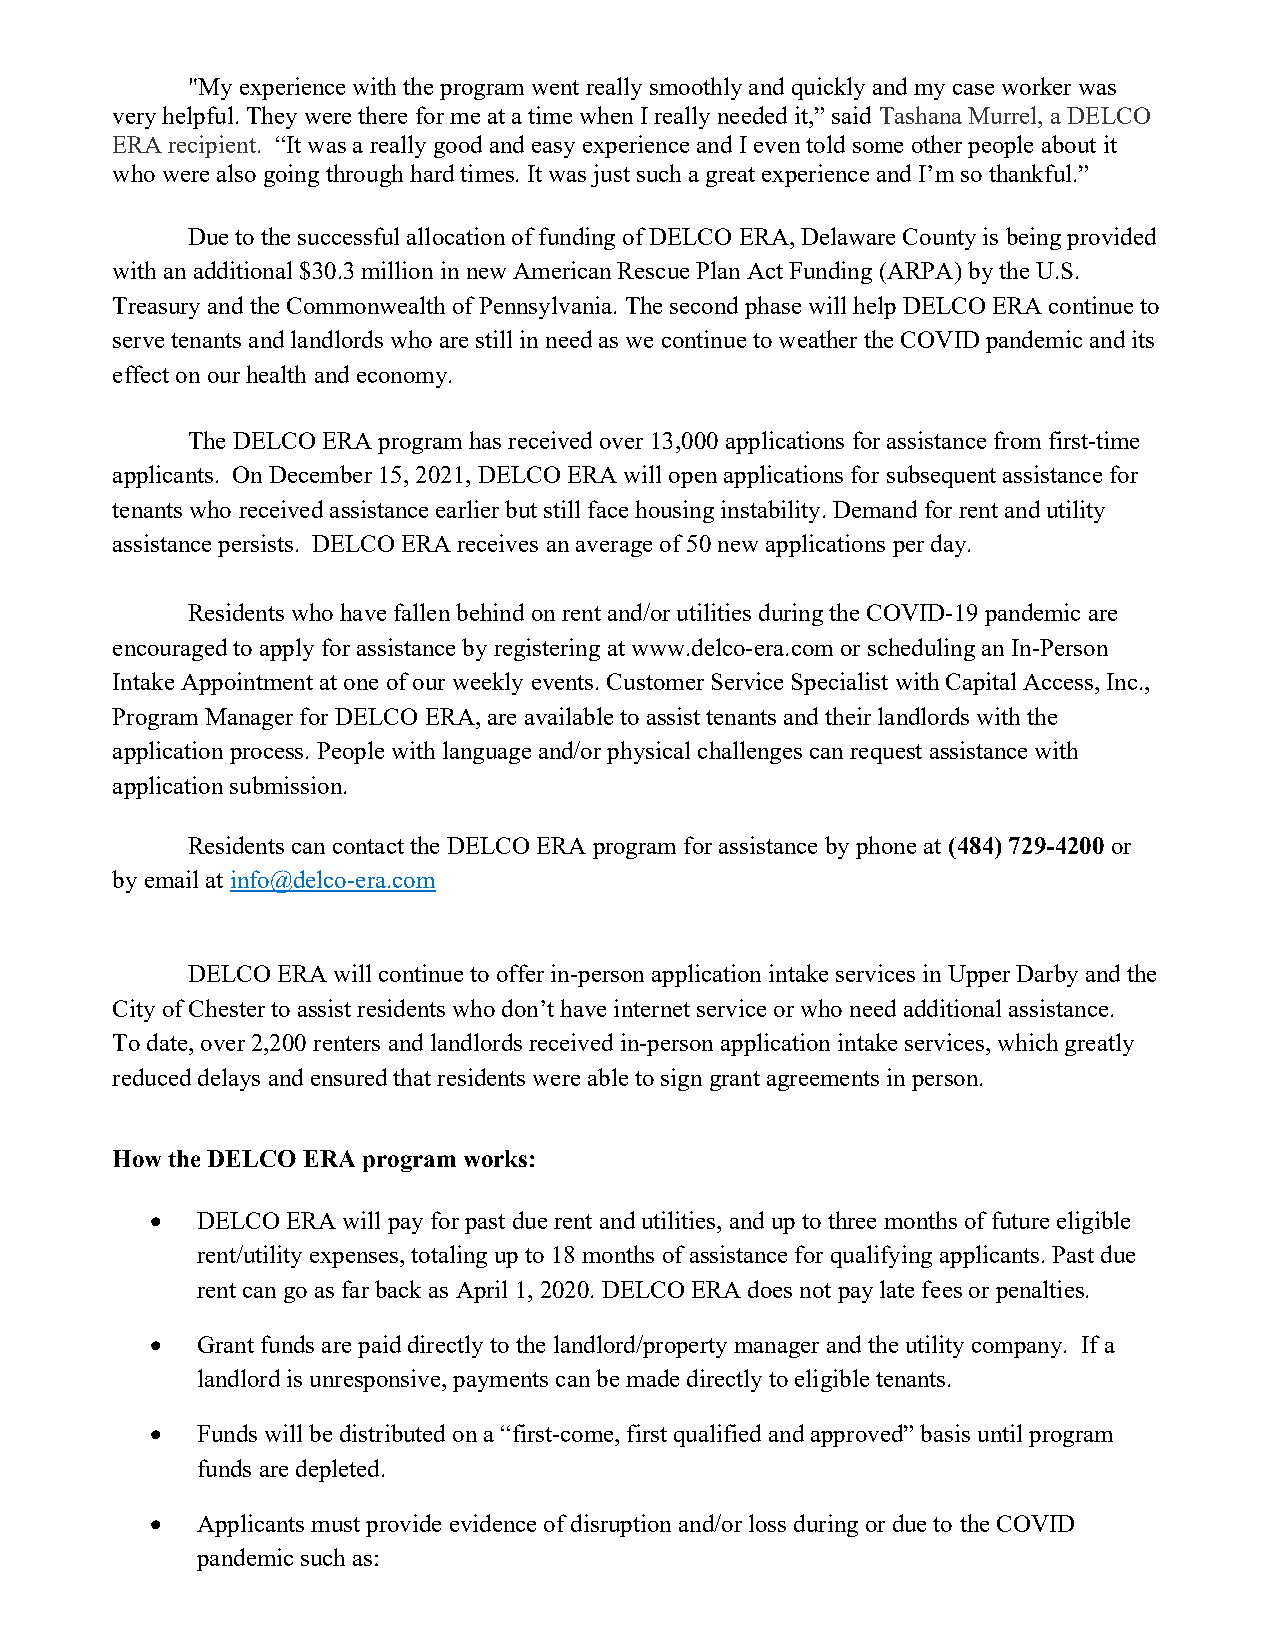
"My experience with the program went really smoothly and quickly and my case worker was
 very helpful. They were there for me at a time when I really needed it,” said Tashana Murrel, a DELCO
 ERA recipient. “It was a really good and easy experience and I even told some other people about it
 who were also going through hard times. It was just such a great experience and I’m so thankful.”
 Due to the successful allocation of funding of DELCO ERA, Delaware County is being provided
 with an additional $30.3 million in new American Rescue Plan Act Funding (ARPA) by the U.S.
 Treasury and the Commonwealth of Pennsylvania. The second phase will help DELCO ERA continue to
 serve tenants and landlords who are still in need as we continue to weather the COVID pandemic and its
 effect on our health and economy.
 The DELCO ERA program has received over 13,000 applications for assistance from first-time
 applicants. On December 15, 2021, DELCO ERA will open applications for subsequent assistance for
 tenants who received assistance earlier but still face housing instability. Demand for rent and utility
 assistance persists. DELCO ERA receives an average of 50 new applications per day.
 Residents who have fallen behind on rent and/or utilities during the COVID-19 pandemic are
 encouraged to apply for assistance by registering at www.delco-era.com or scheduling an In-Person
 Intake Appointment at one of our weekly events. Customer Service Specialist with Capital Access, Inc.,
 Program Manager for DELCO ERA, are available to assist tenants and their landlords with the
 application process. People with language and/or physical challenges can request assistance with
 application submission.
 Residents can contact the DELCO ERA program for assistance by phone at (484) 729-4200 or
 by email at info@delco-era.com
 DELCO ERA will continue to offer in-person application intake services in Upper Darby and the
 City of Chester to assist residents who don’t have internet service or who need additional assistance.
 To date, over 2,200 renters and landlords received in-person application intake services, which greatly
 reduced delays and ensured that residents were able to sign grant agreements in person.
 How the DELCO ERA program works:
   DELCO ERA will pay for past due rent and utilities, and up to three months of future eligible
 rent/utility expenses, totaling up to 18 months of assistance for qualifying applicants. Past due
 rent can go as far back as April 1, 2020. DELCO ERA does not pay late fees or penalties.
   Grant funds are paid directly to the landlord/property manager and the utility company. If a
 landlord is unresponsive, payments can be made directly to eligible tenants.
   Funds will be distributed on a “first-come, first qualified and approved” basis until program
 funds are depleted.
   Applicants must provide evidence of disruption and/or loss during or due to the COVID
 pandemic such as: